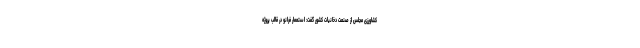
کشاورزی مجلس از صنعت دخانیات کشور گفت: استعمار فرانو در قالب پروژه